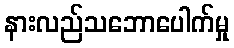
နားလည်သဘောပေါက်မှု